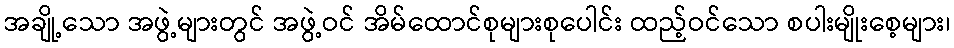
အချို့သော အဖွဲ့များတွင် အဖွဲ့ဝင် အိမ်ထောင်စုများစုပေါင်း ထည့်ဝင်သော စပါးမျိုးစေ့များ၊